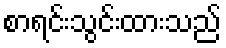
စာရင်းသွင်းထားသည်